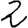
Digit: 2